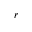
r